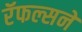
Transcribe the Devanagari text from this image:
रॅफल्सने